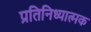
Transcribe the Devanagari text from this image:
प्रतिनिध्यात्मक